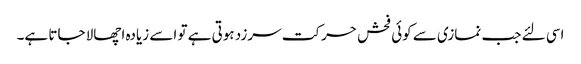
اسی لئے جب نمازی سے کوئی فحش حرکت سرزد ہوتی ہے تو اسے زیادہ اچھالا جاتا ہے۔